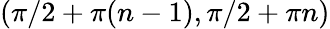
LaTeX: (\pi/2+\pi(n-1),\pi/2+\pi n)